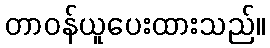
တာဝန်ယူပေးထားသည်။